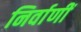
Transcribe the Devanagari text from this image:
निर्वाणीं